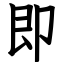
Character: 即